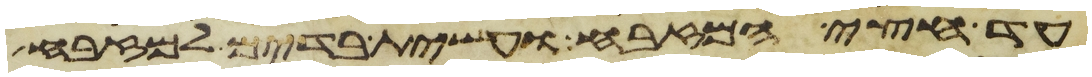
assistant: עד חצי המזבח ועשית בדים למזבח